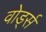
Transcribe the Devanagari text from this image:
वोर्ड्स